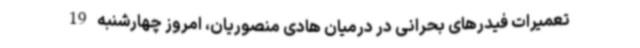
تعمیرات فیدرهای بحرانی در درمیان هادی منصوریان، امروز چهارشنبه 19